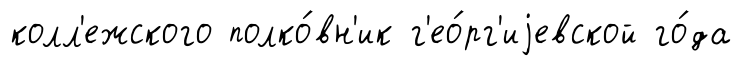
колл'ежского полко́вн'ик г'ео́рг'иjевской го́да